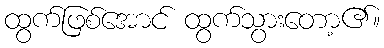
ထွက်ဖြစ်အောင် ထွက်သွားတော့၏။